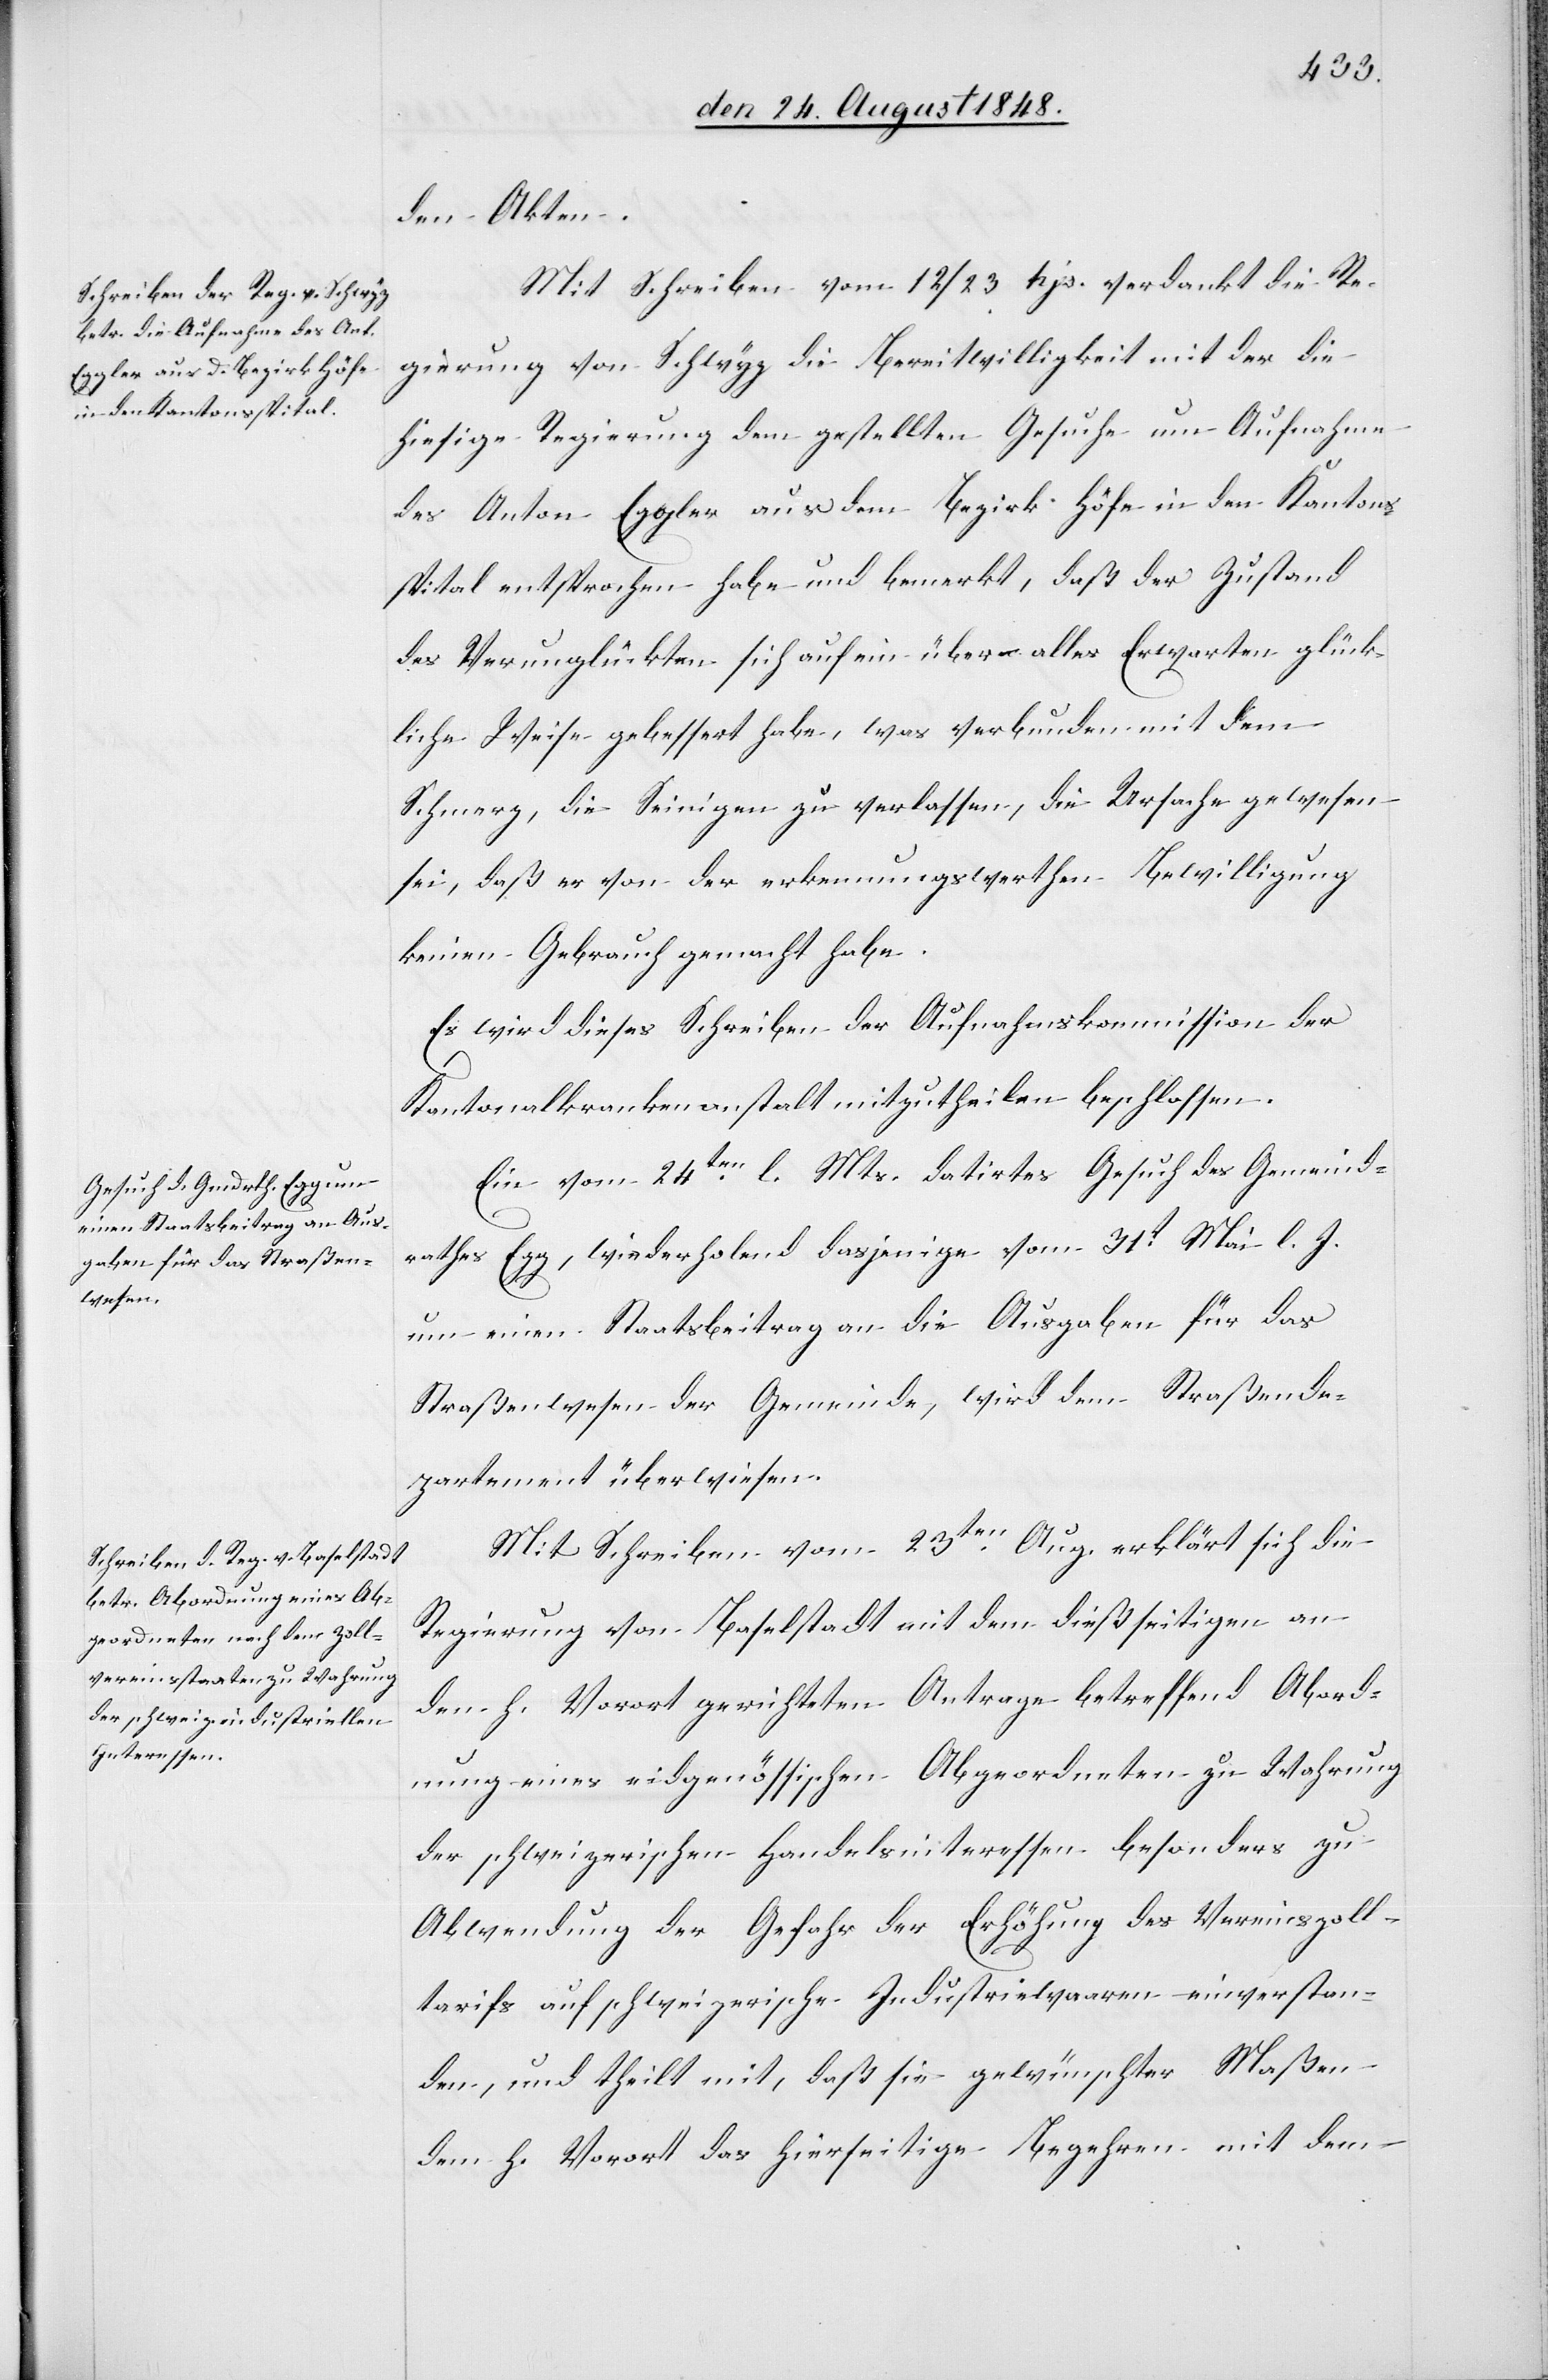
den 25t August 1848.]
den Akten.
Mit Schreiben vom 12/23 Hjs. verdankt die Re¬
gierung von Schwyz die Bereitwilligkeit mit der die
hiesige Regierung dem gestellten Gesuche um Aufnahme
des Anton Eggler aus dem Bezirk Höfe in den Kantons¬
spital entsprochen habe und bemerkt, daß der Zustand
des Verunglückten sich auf ein über alles Erwarten glück¬
liche Weise gebessert habe, was verbunden mit dem
Schmerz, die Seinigen zu verlassen, die Ursache gewesen
sei, daß er von der erkennungswerthen Bewilligung
keinen Gebrauch gemacht habe.
Es wird dieses Schreiben der Aufnahmskommission der
Kantonalkrankenanstalt mitzutheilen beschlossen.
Ein vom 24ten l. Mts. datirtes Gesuch des Gemeind¬
rathes Egg, wiederholend dasjenige vom 31t Mai l. J.
um einen Staatsbeitrag an die Ausgaben für das
Straßenwesen der Gemeinde, wird dem Straßende¬
partment überwiesen.
Mit Schreiben vom 23ten Aug. erklärt sich die
Regierung von Baselstadt mit dem dießseitigen an
den h. Vorort gerichteten Antrage betreffend Abord¬
nung eines eidgenössischen Abgeordneten zu Wahrung
der schweizerischen Handelsinteressen besonders zu
Abwendung der Gefahr der Erhöhung des Vereinszoll¬
tarifs auf schweizerische Industriewaaren einverstan¬
den, und theilt mit, daß sie gewünschter Maßen
dem h. Vorort das hierseitige Begehren mit dem